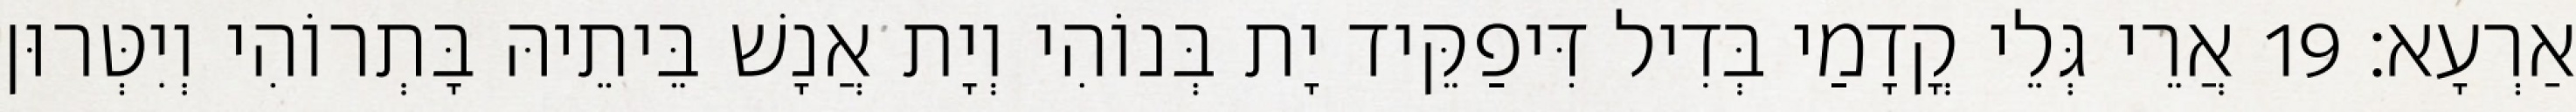
אַרְעָא׃ 19 אֲרֵי גְּלֵי קֳדָמַי בְּדִיל דִּיפַקֵּיד יָת בְּנוֹהִי וְיָת אֲנָשׁ בֵּיתֵיהּ בָּתְרוֹהִי וְיִטְּרוּן